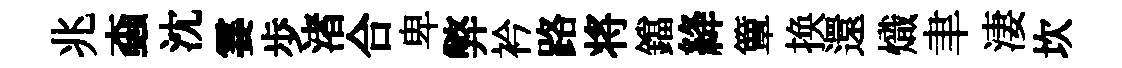
兆螙沈霎歩渚合卑弊衿路将鐺絳簟换還熾聿淒坎